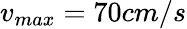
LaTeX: v_{max}=70cm/s